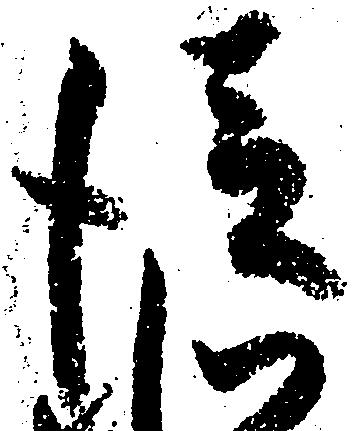
従